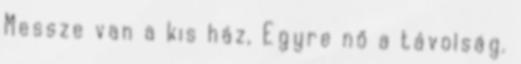
Messze van a kis ház, Egyre nő a távolság.